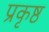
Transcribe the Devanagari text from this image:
प्रकृष्ठ